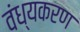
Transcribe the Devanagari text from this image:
वंध्यकरण